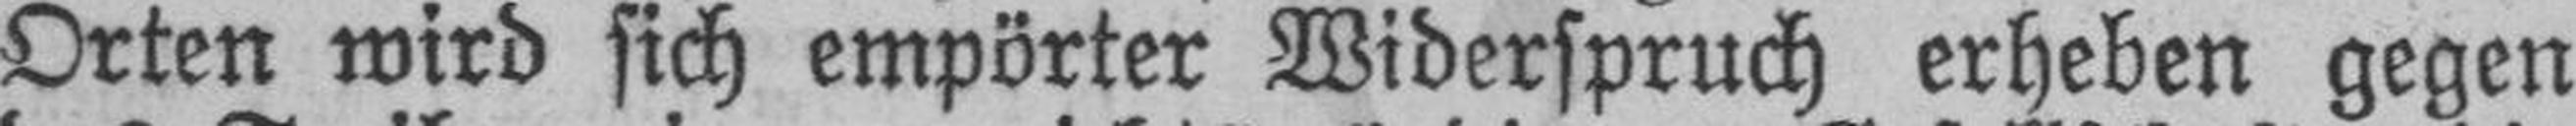
Orten wird sich empörter Widerspruch erheben gegen